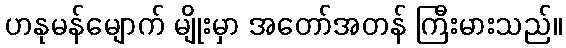
ဟနုမန်မျောက် မျိုးမှာ အတော်အတန် ကြီးမားသည်။